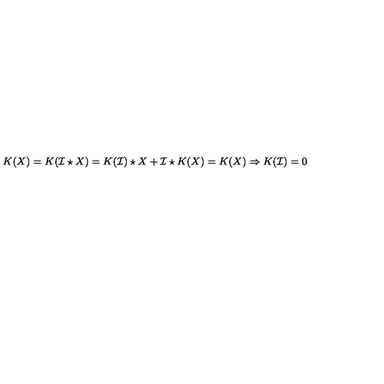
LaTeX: K ( X ) = K ( \mathcal { I } \star X ) = K ( \mathcal { I } ) \star X + \mathcal { I } \star K ( X ) = K ( X ) \Rightarrow K ( \mathcal { I } ) = 0